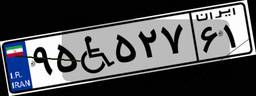
۹۵W۵۲۷۶۱